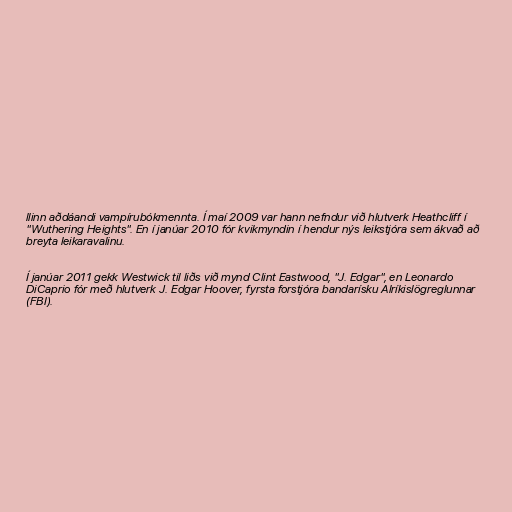
llinn aðdáandi vampírubókmennta. Í maí 2009 var hann nefndur við hlutverk Heathcliff í
"Wuthering Heights". En í janúar 2010 fór kvikmyndin í hendur nýs leikstjóra sem ákvað að
breyta leikaravalinu.

Í janúar 2011 gekk Westwick til liðs við mynd Clint Eastwood, "J. Edgar", en Leonardo
DiCaprio fór með hlutverk J. Edgar Hoover, fyrsta forstjóra bandarísku Alríkislögreglunnar
(FBI).